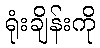
ရုံးချိန်းကို